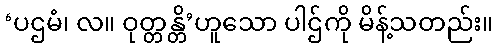
‘ပဌမံ၊ လ။ ဝုတ္တန္တိ’ဟူသော ပါဌ်ကို မိန့်သတည်း။